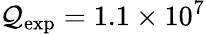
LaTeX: \mathcal{Q}_{\mathrm{{exp}}}=1.1\times10^{7}